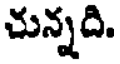
చున్నది.